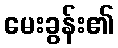
မေးခွန်း၏